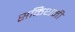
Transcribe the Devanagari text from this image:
सकिथनी